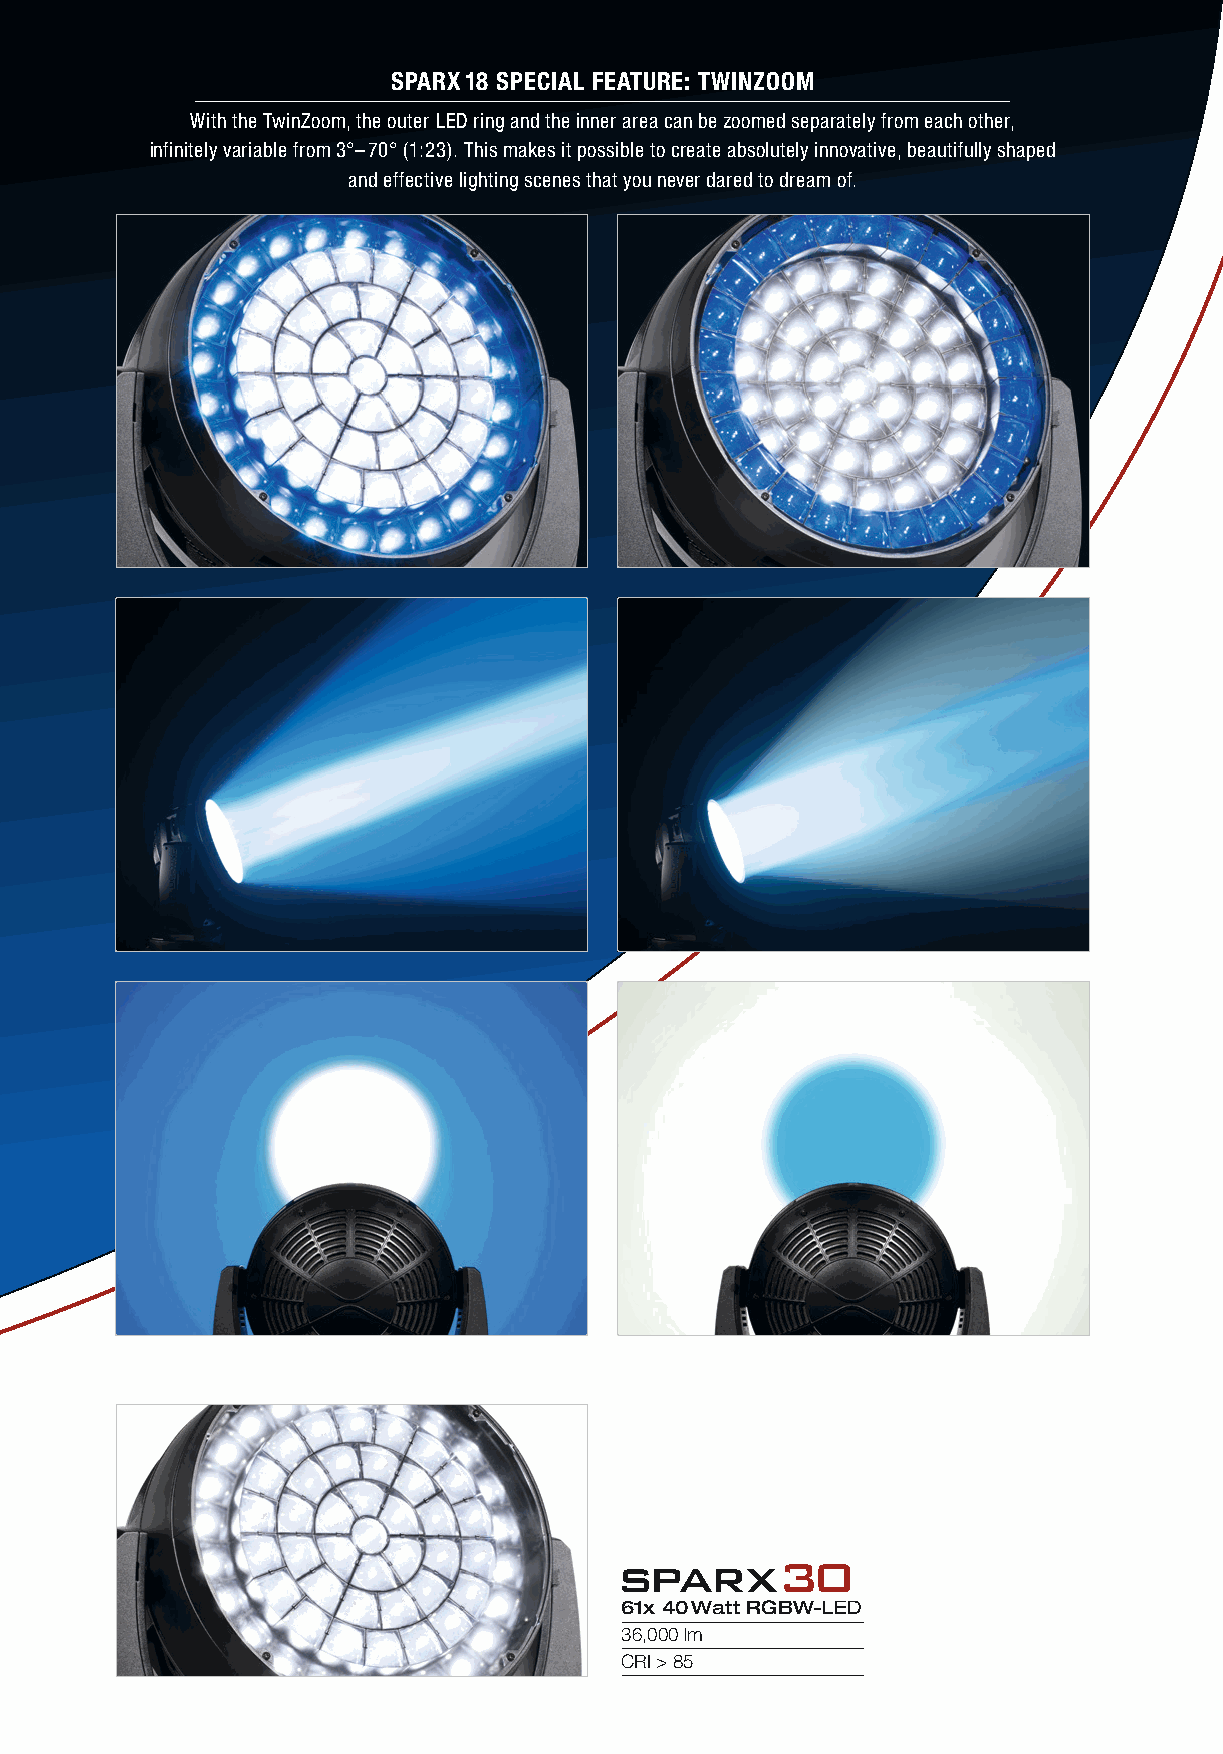
SPARX 18 SPECIAL FEATURE: TWINZOOM
 With the TwinZoom, the outer LED ring and the inner area can be zoomed separately from each other,
 infinitely variable from 3°–70° (1:23). This makes it possible to create absolutely innovative, beautifully shaped
 and effective lighting scenes that you never dared to dream of.
 sparx30
 61x 40 Watt RGBW-LED
 36,000 lm
 CRI > 85